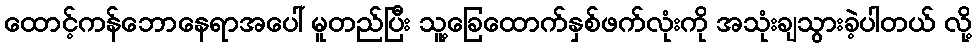
ထောင့်ကန်ဘောနေရာအပေါ် မူတည်ပြီး သူ့ခြေထောက်နှစ်ဖက်လုံးကို အသုံးချသွားခဲ့ပါတယ် လို့